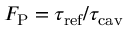
F _ { \mathrm { P } } = \tau _ { \mathrm { r e f } } / \tau _ { \mathrm { c a v } }